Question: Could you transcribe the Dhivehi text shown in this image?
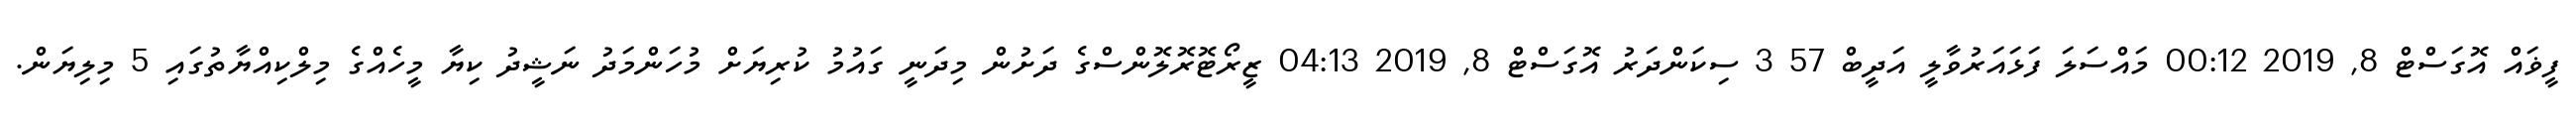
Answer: ފީޥައް އޮގަސްޓް 8, 2019 00:12 މައްސަލަ ފަޅައަރުވާލީ އަދީބް 57 3 ސިކަންދަރު އޮގަސްޓް 8, 2019 04:13 ޒީރޯޓޮރޮލޮންސްގެ ދަށުން މިދަނީ ގައުމު ކުރިޔަށް މުހަންމަދު ނަޝީދު ކިޔާ މީހެއްގެ މިލްކިއްޔާތުގައި 5 މިލިޔަން.